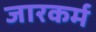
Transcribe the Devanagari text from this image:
जारकर्म